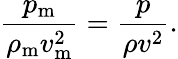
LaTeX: {\frac{p_{\mathrm{m}}}{\rho_{\mathrm{m}}v_{\mathrm{m}}^{2}}}={\frac{p}{\rho v^{2}}}.